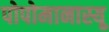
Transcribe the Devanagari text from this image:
पोपोमानास्यू